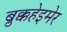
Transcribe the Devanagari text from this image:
ब्रुक्कहेइमेर